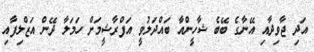
އަދި ޖާވިދާއި އޭނާގެ ބޭބެ ޝާހީންއާ ބައްދަލުވީ އަފްރާޝީމަށް ހަމަލާ ދޭން އަޒްލިފާއި